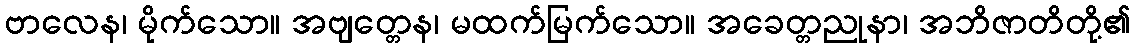
ဗာလေန၊ မိုက်သော။ အဗျတ္တေန၊ မထက်မြက်သော။ အခေတ္တညုနာ၊ အဘိဇာတိတို့၏